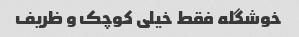
خوشگله فقط خیلی کوچک و ظریف